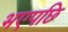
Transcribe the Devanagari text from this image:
भएपछि